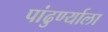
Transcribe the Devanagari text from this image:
पांढुर्ण्याला